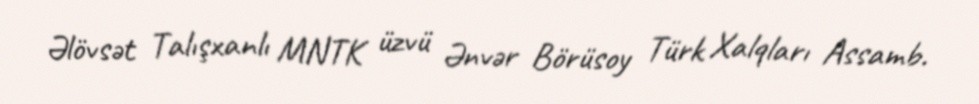
Əlövsət Talışxanlı MNTK üzvü Ənvər Börüsoy Türk Xalqları Assamb.